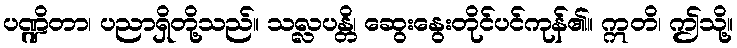
ပဏ္ဍိတာ၊ ပညာရှိတို့သည်။ သလ္လပန္တိ၊ ဆွေးနွေးတိုင်ပင်ကုန်၏။ ဣတိ၊ ဤသို့။